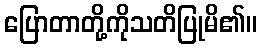
ပြောတာတို့ကိုသတိပြုမိ၏။